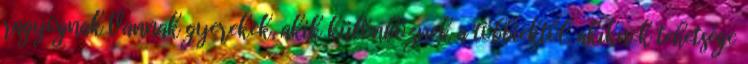
ragyognak Vannak gyerekek, akik különböznek a többiektől, akiknek tehetsége